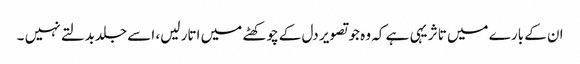
ان کے بارے میں تاثر یہی ہے کہ وہ جو تصویر دل کے چوکھٹے میں اتار لیں، اسے جلدبدلتے نہیں ۔